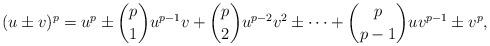
LaTeX: \begin{align*}(u \pm v)^ p = u^p \pm \binom{p}{1} u^{p-1} v + \binom{p}{2} u^{p-2} v^2 \pm \cdots + \binom{p}{p-1} u v^{p-1} \pm v^p,\end{align*}